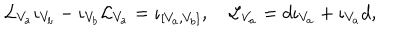
{ \cal L } _ { V _ { a } } \iota _ { V _ { b } } - \iota _ { V _ { b } } { \cal L } _ { V _ { a } } = \iota _ { [ V _ { a } , V _ { b } ] } , \quad { \cal L } _ { V _ { a } } = d \iota _ { V _ { a } } + \iota _ { V _ { a } } d ,